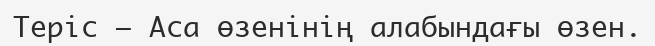
Теріс – Аса өзенінің алабындағы өзен.